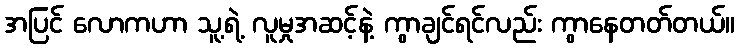
အပြင် လောကဟာ သူ့ရဲ့ လူမှုအဆင့်နဲ့ ကွာချင်ရင်လည်း ကွာနေတတ်တယ်။